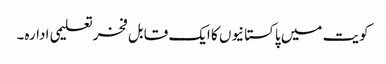
کویت میں پاکستانیوں کا ایک قابل فخرتعلیمی ادارہ۔